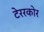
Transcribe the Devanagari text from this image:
टेररकोर